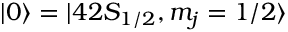
| 0 \rangle = | 4 2 S _ { 1 / 2 } , m _ { j } = 1 / 2 \rangle